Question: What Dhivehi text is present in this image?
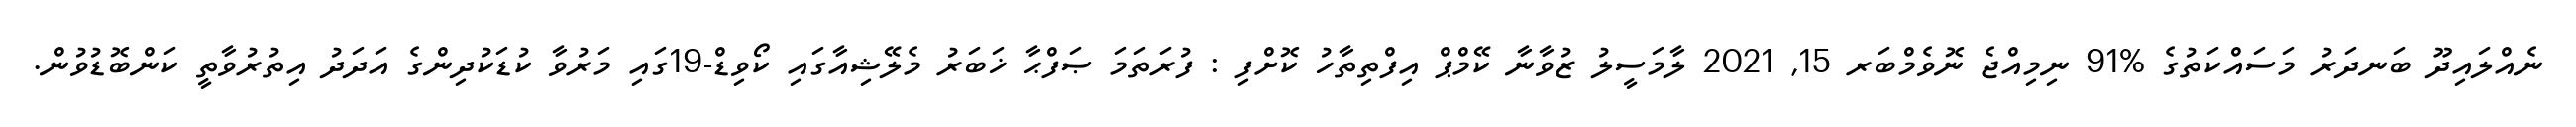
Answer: ނެއްލައިދޫ ބަނދަރު މަސައްކަތުގެ %91 ނިމިއްޖެ ނޮވެމްބަރ 15, 2021 ލާމަސީލު ޒުވާނާ ކޭމްޕް އިފްތިތާހު ކޮށްފި : ފުރަތަމަ ޞަފްޙާ ޚަބަރު މެލޭޝިއާގައި ކޯވިޑް-19ގައި މަރުވާ ކުޑަކުދިންގެ އަދަދު އިތުރުވާތީ ކަންބޮޑުވުން.